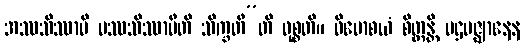
အဿသိဿာမိ ပဿသိဿာမီတိ သိက္ခတီ”တိ ဝုစ္စတိ။ ဝိမောစယံ စိတ္တန္တိ ပဌမဇ္ဈာနေန